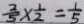
\frac { 2 } { 5 } \times \frac { 1 } { 2 } = \frac { 1 } { 5 }